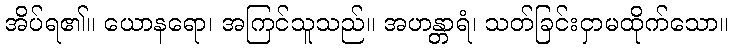
အိပ်ရ၏။ ယောနရော၊ အကြင်သူသည်။ အဟန္တာရံ၊ သတ်ခြင်းငှာမထိုက်သော။